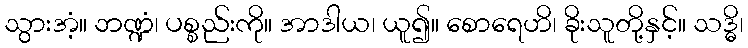
သွားအံ့။ ဘဏ္ဍံ၊ ပစ္စည်းကို။ အာဒါယ၊ ယူ၍။ စောရေဟိ၊ ခိုးသူတို့နှင့်။ သဒ္ဓိ၊